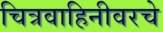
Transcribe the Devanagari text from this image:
चित्रवाहिनीवरचे